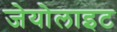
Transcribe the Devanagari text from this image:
जेयोलाइट